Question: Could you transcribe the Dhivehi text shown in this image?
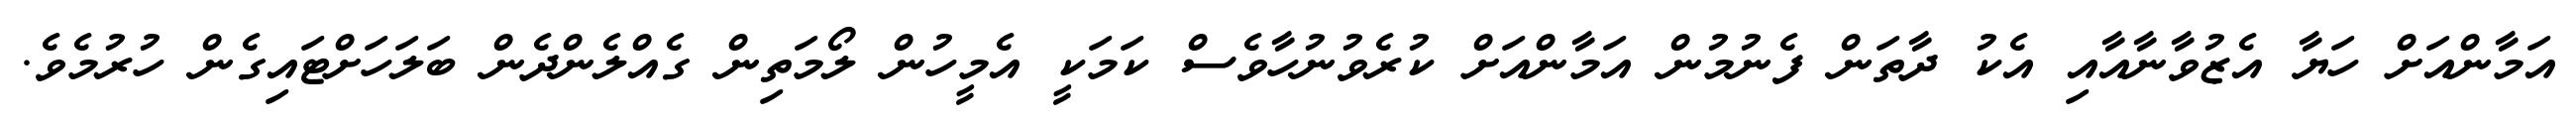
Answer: އަމާންއަށް ހަޔާ އެޒުވާނާއާއި އެކު ދާތަން ފެނުމުން އަމާންއަށް ކުރެވުނުހާވެސް ކަމަކީ އެމީހުން ލޯމަތިން ގެއްލެންދެން ބަލަހަށްޓައިގެން ހުރުމެވެ.